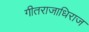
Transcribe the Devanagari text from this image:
गीतराजाधिराज